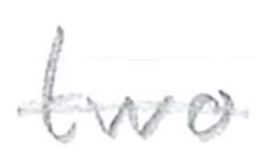
Text: two
Cross-out: single-line
Writing tool: pencil